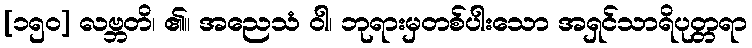
[၁၅၀] လဗ္ဘတိ၊ ၏။ အညေသံ ဝါ၊ ဘုရားမှတစ်ပါးသော အရှင်သာရိပုတ္တရာ